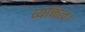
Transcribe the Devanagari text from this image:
व्यक्तित्व।